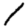
Digit: 1